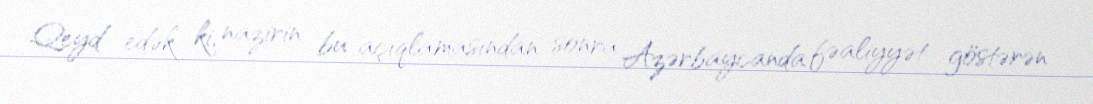
Qeyd edək ki, nazirin bu açıqlamasından sonra Azərbaycanda fəaliyyət göstərən